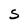
Character: S